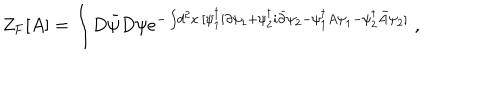
Z _ { \mathrm { F } } [ A ] = \int \! D { \bar { \psi } } D \psi e ^ { - \int \! d ^ { 2 } x \, [ \psi _ { 1 } ^ { \dagger } i \partial \psi _ { 1 } + \psi _ { 2 } ^ { \dagger } i { \bar { \partial } } \psi _ { 2 } - \psi _ { 1 } ^ { \dagger } A \psi _ { 1 } - \psi _ { 2 } ^ { \dagger } { \bar { A } } \psi _ { 2 } ] } \; ,